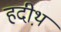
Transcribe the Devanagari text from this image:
हदीथ़